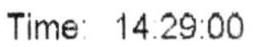
TIME: 14:29:00